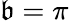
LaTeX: \mathfrak{b}=\pi